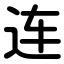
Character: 连